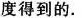
度得到的.